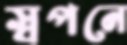
স্বপনে